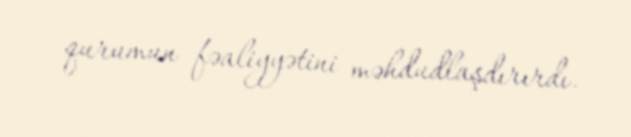
qurumun fəaliyyətini məhdudlaşdırırdı.